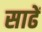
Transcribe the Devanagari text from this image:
साढें